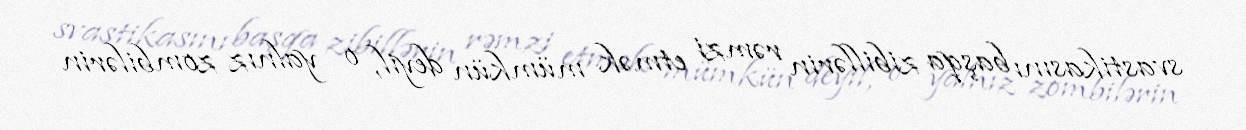
svastikasını başqa zibillərin rəmzi etmək mümkün deyil, o yalnız zombilərin